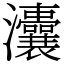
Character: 灢